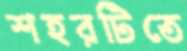
শহরটিতে